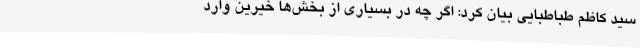
سید کاظم طباطبایی بیان کرد: اگر چه در بسیاری از بخش‌ها خیرین وارد